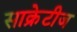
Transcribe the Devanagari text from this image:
साक्रेटीज